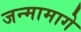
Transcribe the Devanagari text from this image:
जन्मामागे